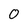
Character: 0